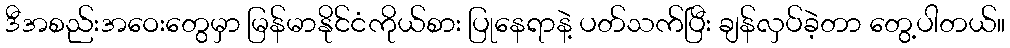
ဒီအစည်းအဝေးတွေမှာ မြန်မာနိုင်ငံကိုယ်စား ပြုနေရာနဲ့ ပတ်သက်ပြီး ချန်လှပ်ခဲ့တာ တွေ့ပါတယ်။